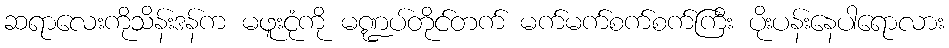
ဆရာလေးကိုသိန်းဒန်က မဖူးငုံကို မဏ္ဍပ်တိုင်တက် မက်မက်စက်စက်ကြီး ပိုးပန်းနေပါရောလား